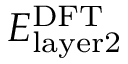
E _ { \mathrm { l a y e r 2 } } ^ { \mathrm { { D F T } } }